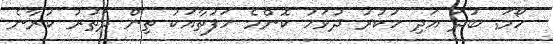
ހޯމަ